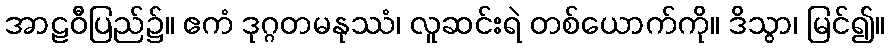
အာဠဝီပြည်၌။ ဧကံ ဒုဂ္ဂတမနုဿံ၊ လူဆင်းရဲ တစ်ယောက်ကို။ ဒိသွာ၊ မြင်၍။